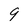
Character: 9